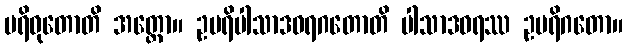
ပရိဝုတောတိ အတ္ထော။ ဥပရိပါသာဒဝရဂတောတိ ပါသာဒဝရဿ ဥပရိဂတော။